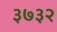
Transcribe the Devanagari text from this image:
३७३२